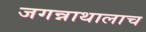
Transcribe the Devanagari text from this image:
जगन्नाथालाच